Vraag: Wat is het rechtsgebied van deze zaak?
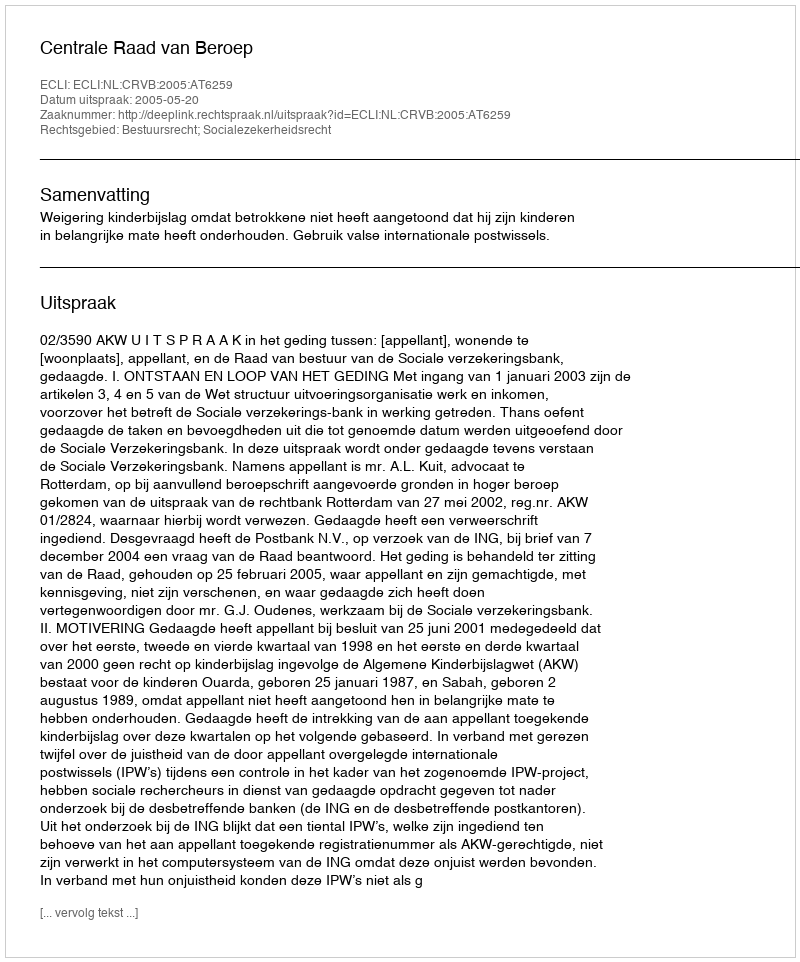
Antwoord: Bestuursrecht; Socialezekerheidsrecht